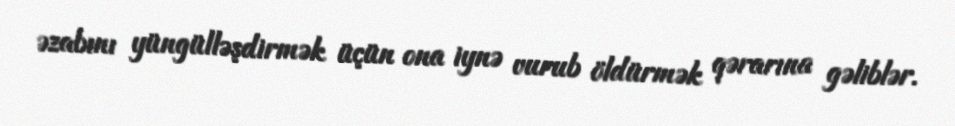
əzabını yüngülləşdirmək üçün ona iynə vurub öldürmək qərarına gəliblər.